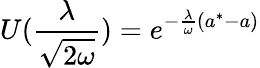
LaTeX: U(\frac{\lambda}{\sqrt{2\omega}})=e^{-\frac{\lambda}{\omega}(a^{*}-a)}